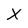
Character: X